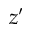
z ^ { \prime }